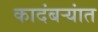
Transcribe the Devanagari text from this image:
कादंबऱ्यांत